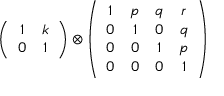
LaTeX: \left( \begin{array} { c c } { { 1 } } & { { k } } \\ { { 0 } } & { { 1 } } \end{array} \right) \otimes \left( \begin{array} { c c c c } { { 1 } } & { { p } } & { { q } } & { { r } } \\ { { 0 } } & { { 1 } } & { { 0 } } & { { q } } \\ { { 0 } } & { { 0 } } & { { 1 } } & { { p } } \\ { { 0 } } & { { 0 } } & { { 0 } } & { { 1 } } \end{array} \right)